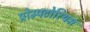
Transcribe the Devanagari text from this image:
प्रोम्पटोरियम